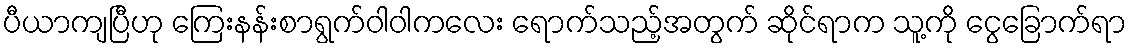
ပီယာကျပြီဟု ကြေးနန်းစာရွက်ဝါဝါကလေး ရောက်သည့်အတွက် ဆိုင်ရာက သူ့ကို ငွေခြောက်ရာ